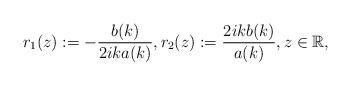
\begin{align*}r_1(z):=-\frac{b(k)}{2ika(k)}, r_2(z):=\frac{2ikb(k)}{a(k)}, z \in \mathbb{R}, \end{align*}